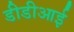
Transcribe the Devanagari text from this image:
डीडीआई